Mental hospitals Bombay report 1921-28 - 1921-1928
Year: 1921
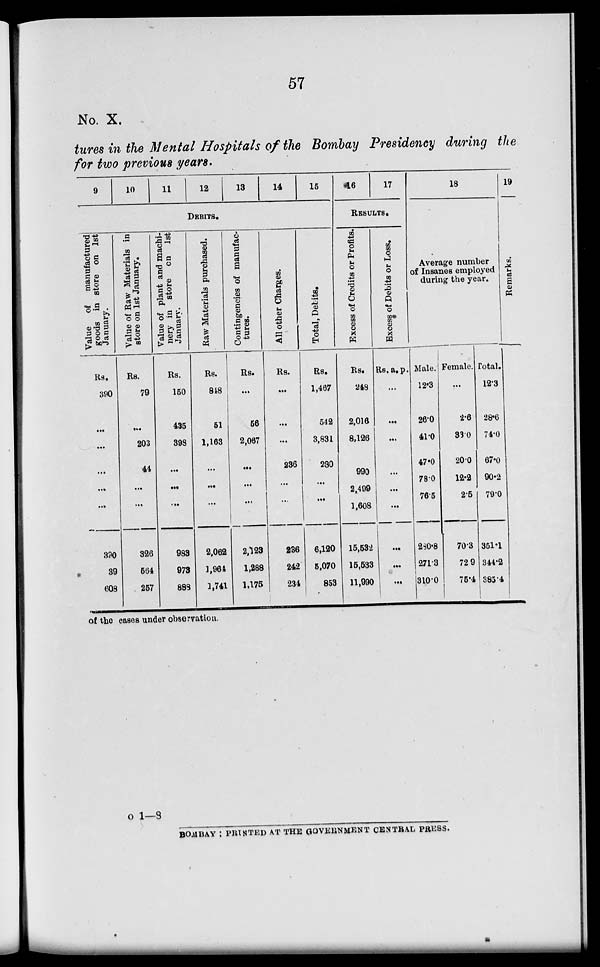
57
No. X.
tures in the Mental Hospitals of the Bombay Presidency during the
for two previous years.
9
10
11
12
13
14
15
DEBITS.
Value of manufactured
goods in store on 1st
January.
Rs.
390
...
...
...
...
...
390
39
608
Value of Raw Materials in
store on 1st January.
Rs.
79
...
203
44
...
...
326
564
257
Value of plant and machi-
nery in store on 1st
January.
Rs.
150
435
398
...
...
...
983
973
888
Raw Materials purchased.
Rs.
848
51
1,163
...
...
...
2,062
1,964
1,741
Contingencies of manufac-
tures.
Rs.
...
56
2,067
...
...
...
2,123
1,288
1,175
All other Charges.
Rs.
...
...
...
236
...
...
236
242
234
Total, Debits.
Rs.
1,467
542
3,831
280
...
...
6,120
5,070
853
16
17
RESULTS.
Excess of Credits or Profits.
Rs.
248
2,016
8,126
990
2,499
1,608
15,532
15,533
11,990
Excess of Debits or Loss.
Rs. a. p.
...
...
...
...
...
...
...
...
...
18
Average number
of Insanes employed
during the year.
Male.
12.3
26.0
41.0
47.0
78.0
76.5
280.8
271.3
310.0
Female.
...
2.6
33.0
20.0
12.2
2.5
70.3
72.9
75.4
Total.
12.3
28.6
74.0
67.0
90.2
79.0
351.1
344.2
385.4
19
Remarks.
of the cases under observation.
o 1—8
BOMBAY : PRINTED AT THE GOVERNMENT CENTRAL PRESS.